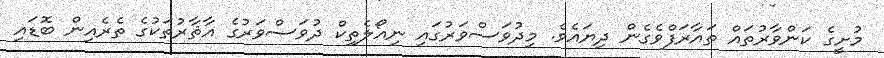
މުށީގެ ކަންވާރުތައް ތައާރަފްވެގެން ދިޔައެވެ. މިދުވަސްވަރުގައި ނިއޯލެތިކް ދުވަސްވަރުގެ އާޘާރުތަކުގެ ތެރެއިން ބޮޑައި